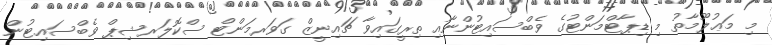
މި މަޢުލޫމާތު މި ޑިޕާޓްމަންޓުގެ ވެބްސައިޓުންނާއި ތިރީގައިވާ ޗައިނީޒް ގަވަރމަންޓް ސްކޮލަރޝިޕް ވެބްސައިޓުން